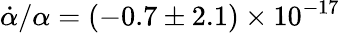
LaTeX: {\dot{\alpha}}/\alpha=(-0.7\pm 2.1)\times 10^{-17}